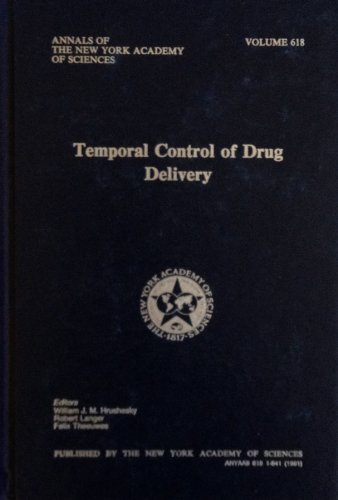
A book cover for Temporal Control of Drug Delivery (Annals of the New York Academy of Sciences); William J. M. Hrushesky; Medical Books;